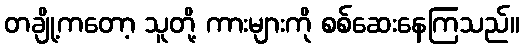
တချို့ကတော့ သူတို့ ကားများကို စစ်ဆေးနေကြသည်။